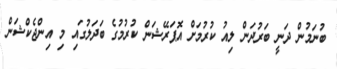
ބުނަމުން ދަނީ ބަަރުދަން ލިއު ކުރުމަށް އޮޕަރޭޝަން ކުރުމުގެ ބަދަލުގައި މި އިންޖެކްޝަން